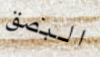
البصق